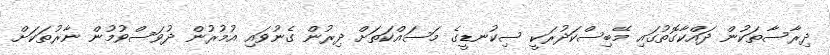
ދިރާސާތަކުން ދައްކާގޮތުގައި މޭބިސްކަދުރަކީ ސިކުނޑީގެ މަސައްކަތަށް ދިރުން ގެނުވައި އުމުރުން ދުވަސްވުމުން ނާރުތަކަށް